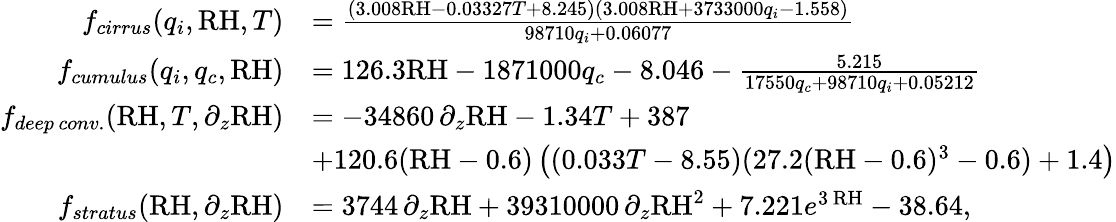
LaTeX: \begin{array}{rl}{f_{cirrus}(q_{i},\mathrm{RH},T)}&{=\frac{(3.008\mathrm{RH}-0.03327T+8.245)(3.008\mathrm{RH}+3733000q_{i}-1.558)}{98710q_{i}+0.06077}}\\ {f_{cumulus}(q_{i},q_{c},\mathrm{RH})}&{=126.3\mathrm{RH}-1871000q_{c}-8.046-\frac{5.215}{17550q_{c}+98710q_{i}+0.05212}}\\ {f_{deep\, conv.}(\mathrm{RH},T,\partial_{z}\mathrm{RH})}&{=-34860\, \partial_{z}\mathrm{RH}-1.34T+387}\\ &{+120.6(\mathrm{RH}-0.6)\left((0.033T-8.55)(27.2(\mathrm{RH}-0.6)^{3}-0.6)+1.4\right)}\\ {f_{stratus}(\mathrm{RH},\partial_{z}\mathrm{RH})}&{=3744\, \partial_{z}\mathrm{RH}+39310000\, \partial_{z}\mathrm{RH}^{2}+7.221e^{3\, \mathrm{RH}}-38.64,}\end{array}